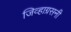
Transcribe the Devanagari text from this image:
जिव्हाग्रसनी